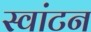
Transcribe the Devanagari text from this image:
स्वांटन